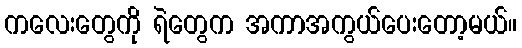
ကလေးတွေကို ရဲတွေက အကာအကွယ်ပေးတော့မယ်။